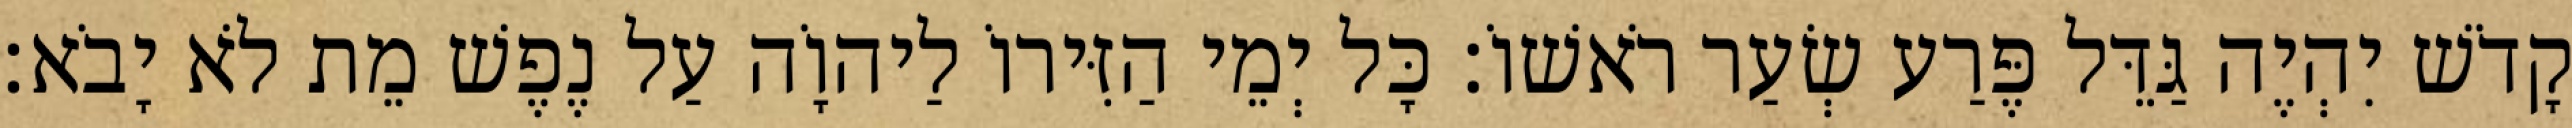
קָדֹשׁ יִהְיֶה גַּדֵּל פֶּרַע שְׂעַר רֹאשׁוֹ׃ כָּל יְמֵי הַזִּירוֹ לַיהוָֹה עַל נֶפֶשׁ מֵת לֹא יָבֹא׃